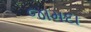
જામદા